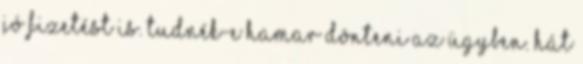
jó fizetést is. Tudnék-e hamar dönteni az ügyben. Hát